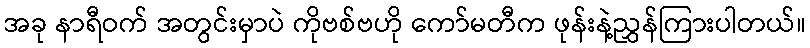
အခု နာရီဝက် အတွင်းမှာပဲ ကိုဗစ်ဗဟို ကော်မတီက ဖုန်းနဲ့ညွှန်ကြားပါတယ်။